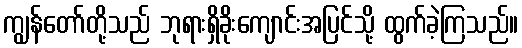
ကျွန်တော်တို့သည် ဘုရားရှိခိုးကျောင်းအပြင်သို့ ထွက်ခဲ့ကြသည်။